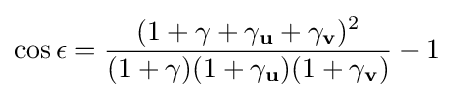
\cos \epsilon ={\frac {(1+\gamma +\gamma _{\mathbf {u} }+\gamma _{\mathbf {v} })^{2}}{(1+\gamma )(1+\gamma _{\mathbf {u} })(1+\gamma _{\mathbf {v} })}}-1